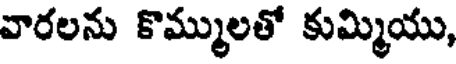
వారలను కొమ్ములతో కుమ్మియు,